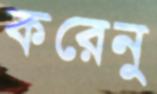
করেনু